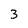
Character: 3